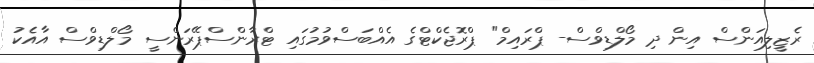
ރެޒީލިއަންސް އިން ދި މޯލްޑިވްސް- ޕްރައިމް" ޕްރޮޖެކްޓްގެ އެއްބަސްވުމުގައި ޓްރާންސްޕޭރަންސީ މޯލްޑިވްސް އާއެކު